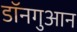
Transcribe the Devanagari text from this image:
डॉनगुआन